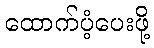
ထောက်ပံ့ပေးဖို့